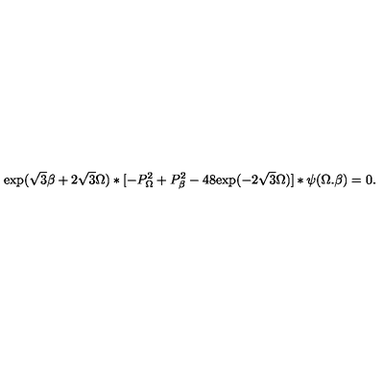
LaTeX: \mathrm { e x p } ( \sqrt { 3 } \beta + 2 \sqrt { 3 } \Omega ) * [ - P _ { \Omega } ^ { 2 } + P _ { \beta } ^ { 2 } - 4 8 \mathrm { e x p } ( - 2 \sqrt { 3 } \Omega ) ] * \psi ( \Omega . \beta ) = 0 .